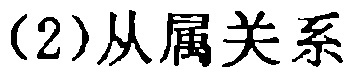
(2)从属关系